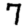
Digit: 7